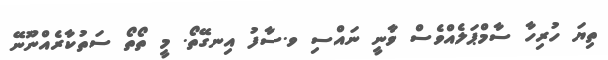
ތިޔަ ހުރިހާ ސާމްޕަލެއްވެސް ވާނީ ނައްސި ވ.ސާފު އިނގޭތޯ. މީ ތޯތޯ ސަތުކާރެއްނޫނޭ